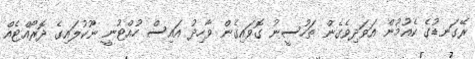
ރޭގަނޑުގެ ކެއުމުން އަވަދިވެގެން ތަހުސީނު ގޮވައިގެން ވާހިދު އައިސް ހުއްޓުނީ ނޫކުލައިގެ ދޮރޯއްޓެއް